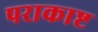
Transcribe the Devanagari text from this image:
पराकाष्ट